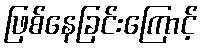
ဖြစ်နေခြင်းကြောင့်